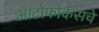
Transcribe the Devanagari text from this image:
आटोफोकसचे